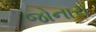
જોનારા